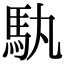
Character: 𮩳